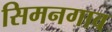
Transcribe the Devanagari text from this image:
सिमनगाव